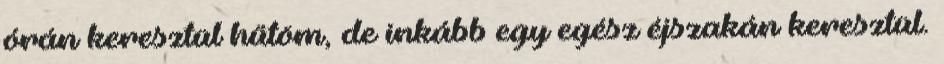
órán keresztül hűtöm, de inkább egy egész éjszakán keresztül.